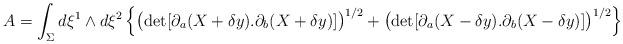
LaTeX: \begin{align*}A=\int_{\Sigma}d\xi^1\wedge d\xi^2\left\{\big(\mathrm{det}[\partial_a (X+\delta y).\partial_b(X+\delta y)]\big)^{1/2}+\big(\mathrm{det}[\partial_a(X-\delta y).\partial_b(X-\delta y)]\big)^{1/2}\right\}\end{align*}